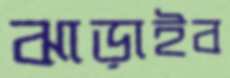
ঝাড়াইব